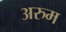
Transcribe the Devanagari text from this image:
अरुम